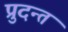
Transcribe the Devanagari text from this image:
प्रुदन्त